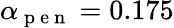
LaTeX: \alpha_{\mathrm{~p~e~n~}}=0.175